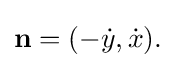
\displaystyle {\mathbf {n} =(-{\dot {y}},{\dot {x}}).}